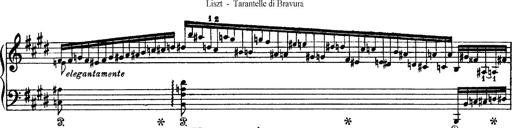
Title: Tarantelle di bravura dâ€™aprÃ¨s la tarantelle de La muette de Portici
Composer: Franz Liszt